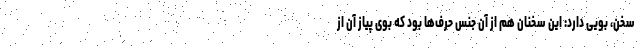
سخن، بویی دارد: این سخنان هم از آن جنس حرف‌ها بود که بوی پیاز آن از